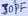
Text: 30PF